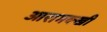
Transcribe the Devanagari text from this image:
आरामक्खी